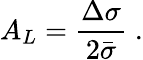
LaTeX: A_{L}=\frac{\Delta\sigma}{2\bar{\sigma}}\; .